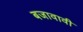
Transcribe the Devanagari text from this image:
बजावावी